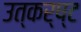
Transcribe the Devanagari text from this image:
उत्कर्ष्ट